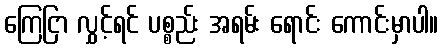
ကြေငြာ လွှင့်ရင် ပစ္စည်း အရမ်း ရောင်း ကောင်းမှာပါ။